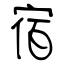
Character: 宿